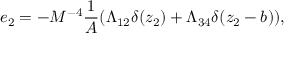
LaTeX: e _ { 2 } = - M ^ { - 4 } \frac { 1 } { A } ( \Lambda _ { 1 2 } \delta ( z _ { 2 } ) + \Lambda _ { 3 4 } \delta ( z _ { 2 } - b ) ) ,